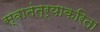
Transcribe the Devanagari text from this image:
स्वातंत्र्याकरिता